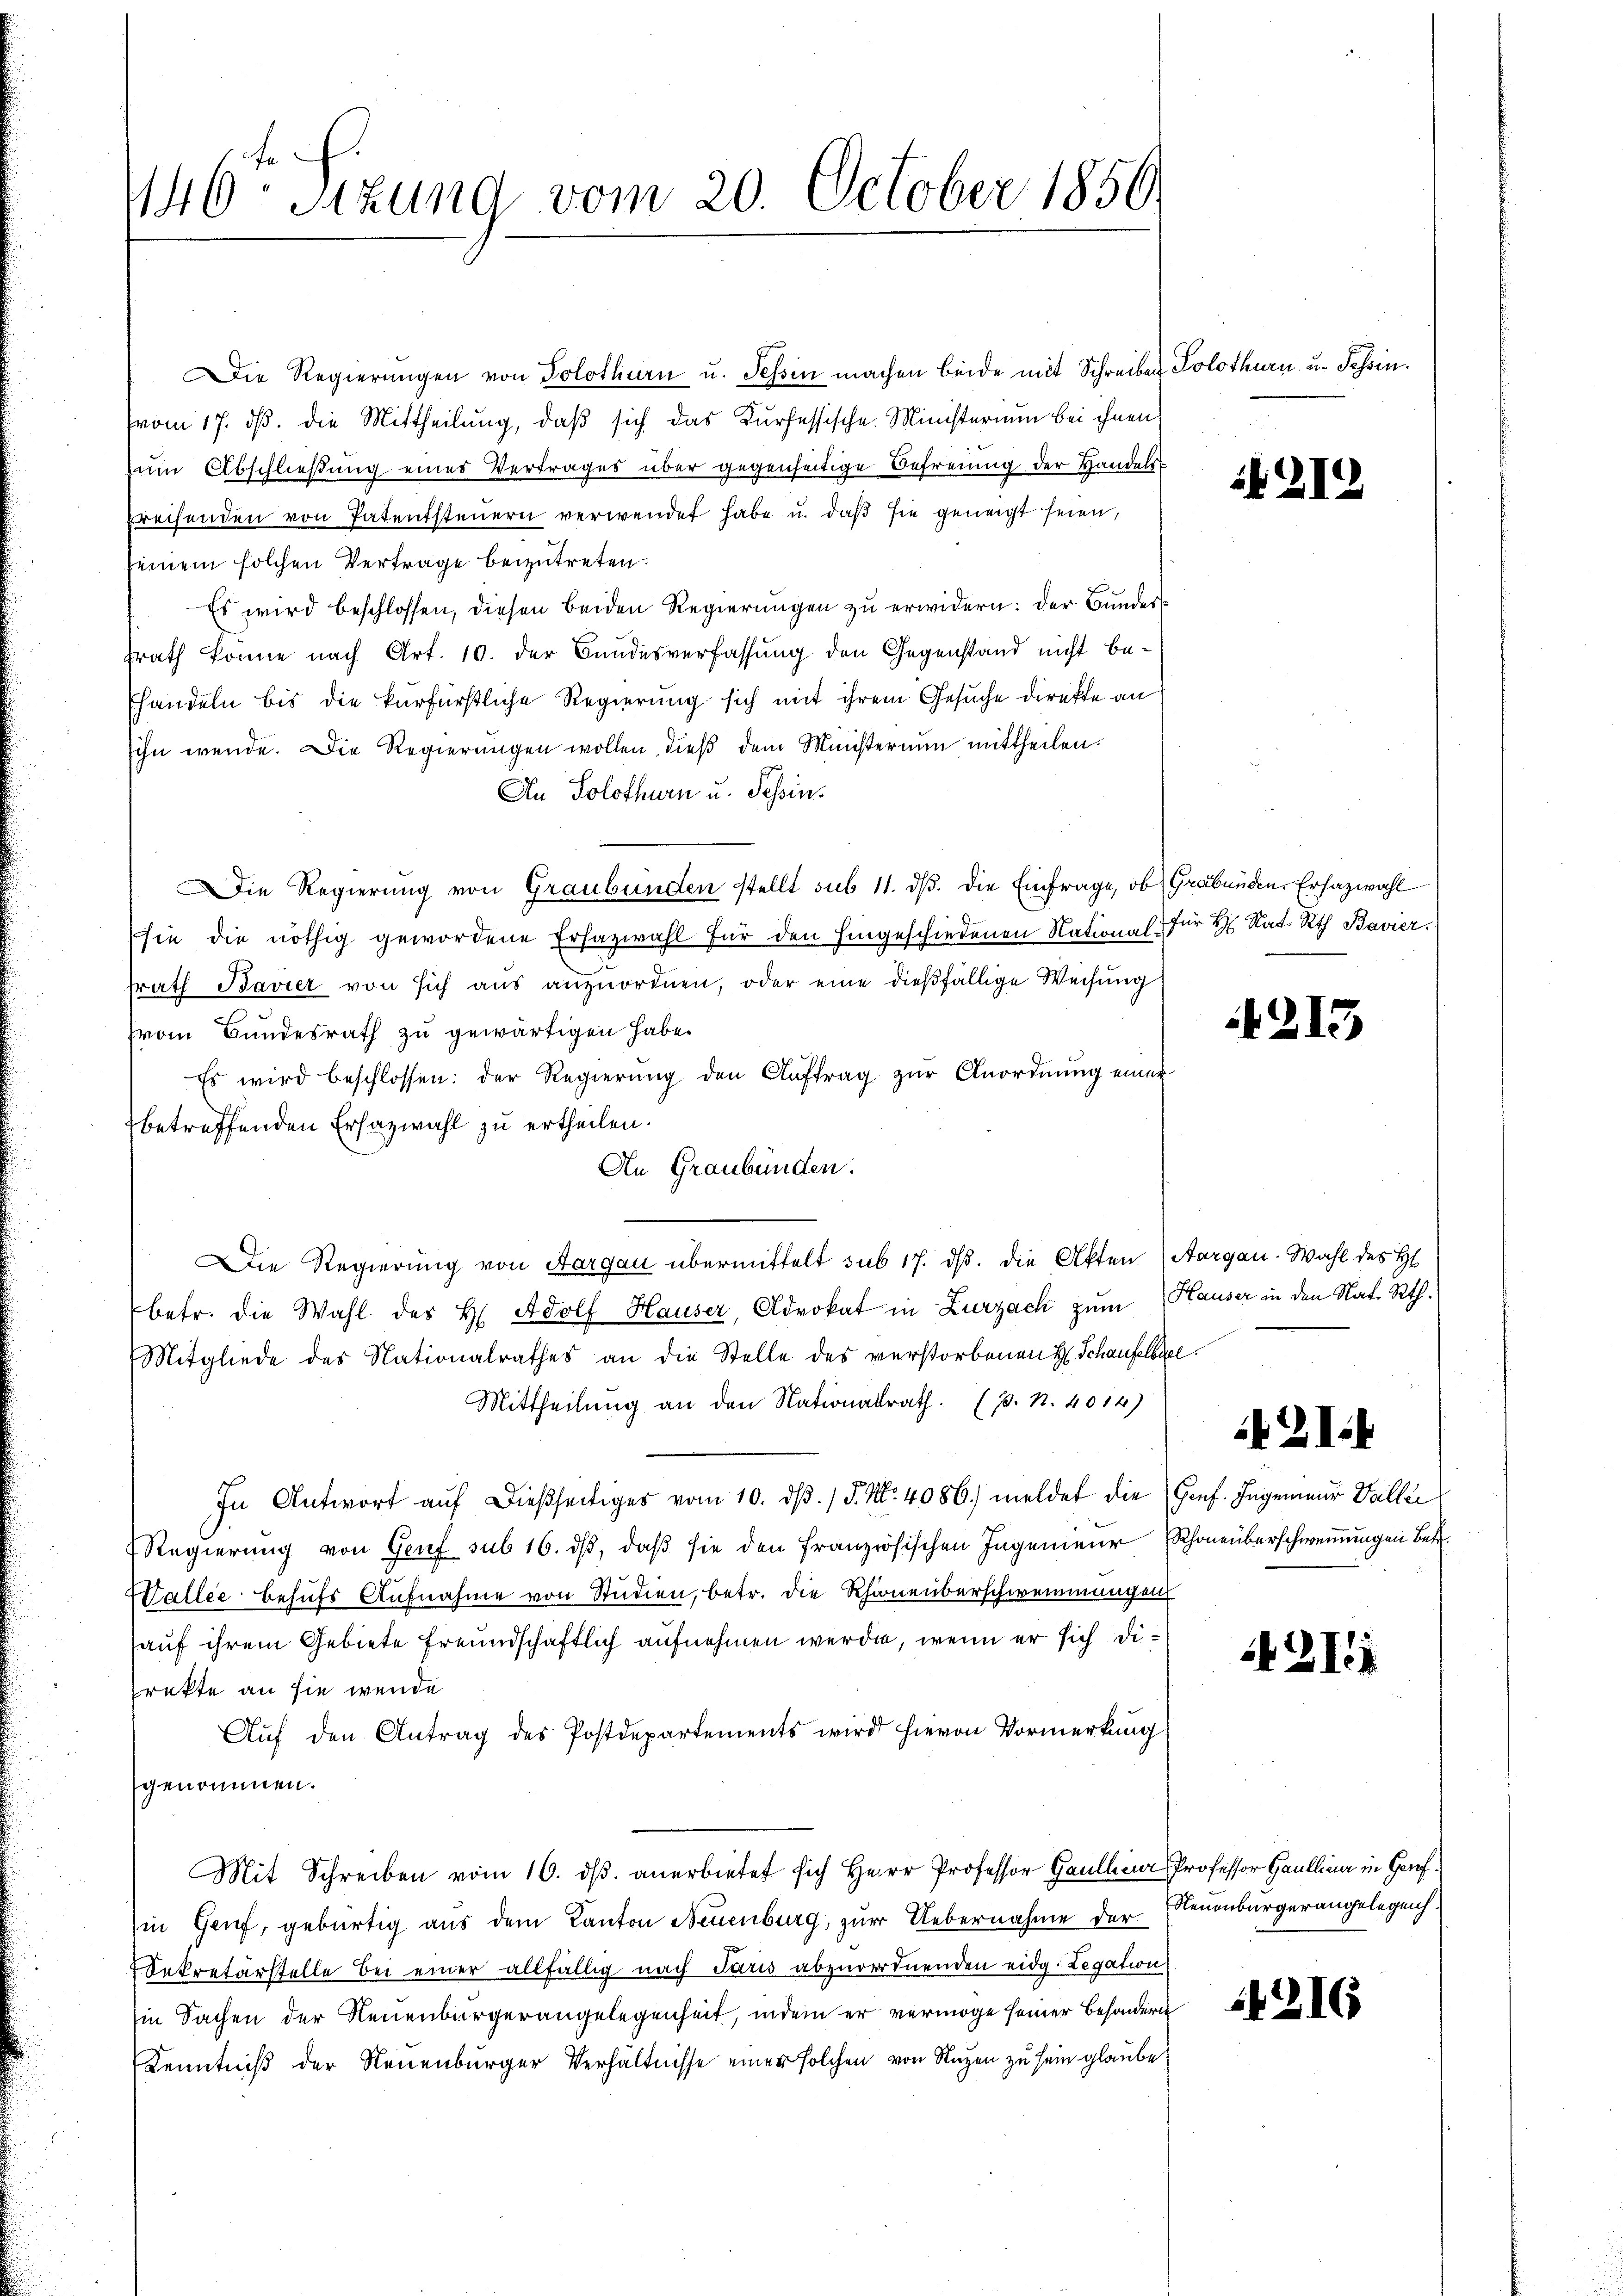
446ten Sitzung vom 20. October 1850.

Die Regierŭngen von Solothurn u. Tessin machen beide mit Schreiben
vom 17. ds. die Mittheilung, daß sich das Kurhessische Ministerium bei ihnen
ŭm Abschließung eines Vertrages über gegenseitige Befreiung der Handels-
prechenden von Patentsteuern verwendet habe u. daß sie geneigt seien,
seinem solchen Vertrage beizutreten.
Es wird beschlossen, diesen beiden Regierungen zu erwidern: der Bundesgrath könne nach Art. 10. der Bundesverfassung den Gegenstand nicht beshandeln bis die kurfürstliche Regierung sich mit ihrem Gesuche direkte an
ihn werde. Die Regierungen wollen dieß dem Ministerium mittheilen.
An Solothurn u. Schin¬
Die Regierung von Graubünden stellt sub 11. dβ. die Einfrage, ob Gräbenden, Erhazwahl
sie die nöthig gewordene Erfazwahl für den hingeschiedenen National für H. Rat. Rath Bavier.
srath Bavier von sich aus anzuordnen, oder eine dießfällige Weisung
voin Bundesrath zu gewärtigen habe.
Es wird beschlossen: der Regierung den Auftrag zur Anordnung einer
betreffenden Erhazwahl zu ertheilen.
An Graubünden.
Die Regierung von Aargau übermittelt sub 17. ds. die Akten
betr. die Wahl des H. Adolf Hauser, Advokat in Zurzach zum
Mitgliede des Nationalrathes an die Stelle des verstorbenen H. Schaufelbre
Mittheilung an den Nationalrath (p. N. 4014)
In Antwort aŭf dießseitiges vom 10. dβ. / 5. No 4086. meldet die
Regierung von Genf sub 16. ds, daß sie den Französischen Ingenieur
Vallee behufs Aufnahme von Studien, betr. die Rhionenberschwemmungen
hauf ihrem Gebiete Freundschaftlich aufnehmen werde, wenn er sich Direkte an sie wende
Aŭf den Antrag des Postdepartements wird hievon Vormerkŭng
genommen.
Mit Schreiben vom 16. dβ. anerbietet sich Herr Professor Gaullen Professor Gaullier in Genf
in Genf, gebürtig aus dem Kanton Neuenburg, zur Uebernahme der
ekretärstelle bei einer allfällig nach Paris abzuordnenden eidg. Legation
Ein Sachen der Neuenburgerangelegenheit, indem er vermöge seiner besondern
Kenntniß der Neuenburger Verhältnisse einer solchen von Nuzen zu sein glaube,

Solothurn u. Schein.

i

21

213

Aargau. Wahl des H
Hauser in den Nat. Rth.

ZI.

Genf. Ingenieur Faller
Rhoneüberschwemmungen betr.

4211

Neuenburgerangelegenh

216